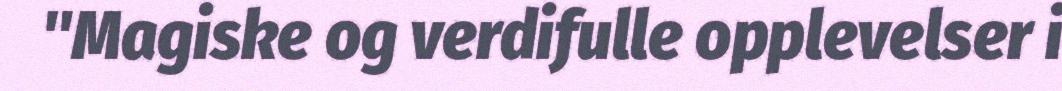
"Magiske og verdifulle opplevelser i